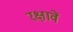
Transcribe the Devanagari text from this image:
रक्षावें